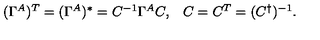
\begin{array} { l l } { ( \Gamma ^ { A } ) { } ^ { T } = ( \Gamma ^ { A } ) { } ^ { \ast } = { C } ^ { - 1 } \Gamma ^ { A } { C } , } & { C = C ^ { T } = ( C ^ { \dagger } ) ^ { - 1 } . } \\ \end{array}